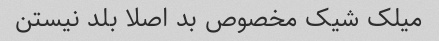
میلک شیک مخصوص بد اصلا بلد نیستن